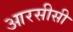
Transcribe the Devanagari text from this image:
आरसीसी